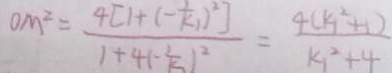
O M ^ { 2 } = \frac { 4 [ 1 + ( - k _ { 1 } ) ^ { 2 } ] } { 1 + 4 ( - \frac { 1 } { 5 } ) ^ { 2 } } = \frac { 4 ( k ^ { 2 } + 1 ) } { k _ { 1 } ^ { 2 } + 4 }